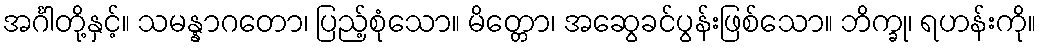
အင်္ဂါတို့နှင့်။ သမန္နာဂတော၊ ပြည့်စုံသော။ မိတ္တော၊ အဆွေခင်ပွန်းဖြစ်သော။ ဘိက္ခု၊ ရဟန်းကို။